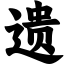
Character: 遗